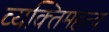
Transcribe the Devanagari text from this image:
व्यक्‍तिमहत्त्व